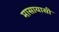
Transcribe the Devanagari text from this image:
मासायासी